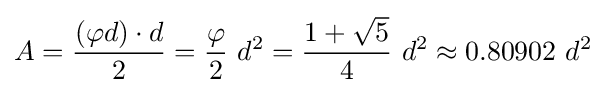
A={{(\varphi d)\cdot d} \over 2}={{\varphi } \over 2}~d^{2}={{1+{\sqrt {5}}} \over 4}~d^{2}\approx 0.80902~d^{2}~